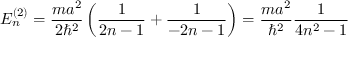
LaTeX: E _ { n } ^ { ( 2 ) } = { \frac { m a ^ { 2 } } { 2 \hbar ^ { 2 } } } \left( { \frac { 1 } { 2 n - 1 } } + { \frac { 1 } { - 2 n - 1 } } \right) = { \frac { m a ^ { 2 } } { \hbar ^ { 2 } } } { \frac { 1 } { 4 n ^ { 2 } - 1 } }